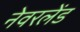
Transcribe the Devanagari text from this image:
नेवरलेंड